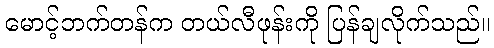
မောင့်ဘက်တန်က တယ်လီဖုန်းကို ပြန်ချလိုက်သည်။